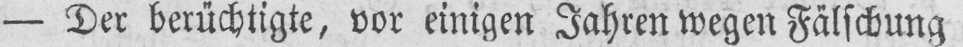
- Der berüchtigte, vor einigen Jahren wegen Fälschung